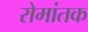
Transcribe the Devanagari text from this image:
रोमांतक